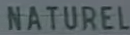
NATUREL